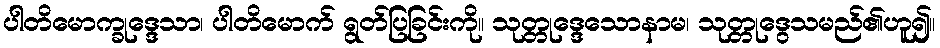
ပါတိမောက္ခုဒ္ဒေသာ၊ ပါတိမောက် ရွတ်ပြခြင်းကို။ သုတ္တုဒ္ဒေသောနာမ၊ သုတ္တုဒွေသမည်၏ဟူ၍။